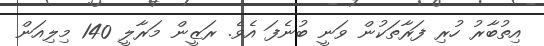
އިތުބާރު ހުރި ފަރާތަކުން ވަނީ ބުނެފަ އެވެ. ރަޒީން މަރާލީ 140 މިލިއަން